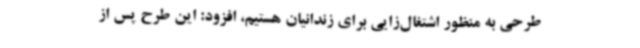
طرحی به منظور اشتغال‌زایی برای زندانیان هستیم، افزود: این طرح پس از